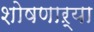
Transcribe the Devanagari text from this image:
शोषणाऱ्या